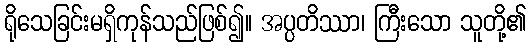
ရိုသေခြင်းမရှိကုန်သည်ဖြစ်၍။ အပ္ပတိဿာ၊ ကြီးသော သူတို့၏